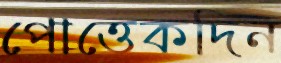
পোত্তেকদিন